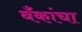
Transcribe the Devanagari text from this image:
बँकांचा